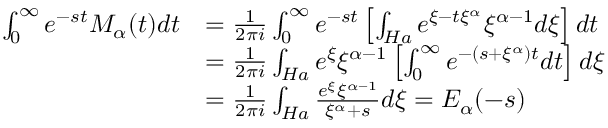
\begin{array} { r l } { \int _ { 0 } ^ { \infty } e ^ { - s t } M _ { \alpha } ( t ) d t } & { = \frac { 1 } { 2 \pi i } \int _ { 0 } ^ { \infty } e ^ { - s t } \left[ \int _ { H a } e ^ { \xi - t \xi ^ { \alpha } } \xi ^ { \alpha - 1 } { d \xi } \right] d t } \\ & { = \frac { 1 } { 2 \pi i } \int _ { H a } e ^ { \xi } \xi ^ { \alpha - 1 } \left[ \int _ { 0 } ^ { \infty } e ^ { - ( s + \xi ^ { \alpha } ) t } d t \right] d \xi } \\ & { = \frac { 1 } { 2 \pi i } \int _ { H a } \frac { e ^ { \xi } \xi ^ { \alpha - 1 } } { \xi ^ { \alpha } + s } d \xi = E _ { \alpha } ( - s ) } \end{array}